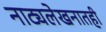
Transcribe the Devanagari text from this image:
नाट्यलेखनातही